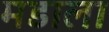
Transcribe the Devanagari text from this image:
मडाला